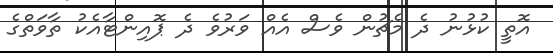
އޮތީ ކުޅުނު ދެ މެޗުން ވެސް އެއް ވަރުވެ ދެ ޕޮއިންޓާއެކު ތާވަތްގެ